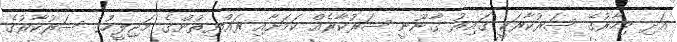
އަދި މިހާރުގެ ސަރުކާރަކީ ގައިރު ގާނޫނީ ސަރުކާރެއް ކަމަށާއި ރައްޔިތުންގެ މަޖިލީހުގެ ސަރުކާރުގެ